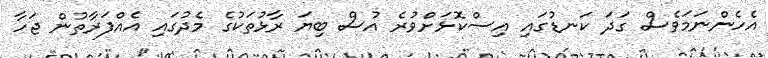
އެހެންނަމަވެސް ގަދަ ކަނޑުގައި އިސްކޮޅަށްވުރެ އުސް ބިޔަ ރާޅުތަކުގެ މެދުގައި އެއްފަރާތުން ޖަހާ